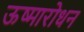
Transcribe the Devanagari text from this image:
ऊष्मारोधन